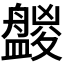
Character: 𥃑